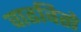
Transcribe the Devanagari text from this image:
वाढवितो